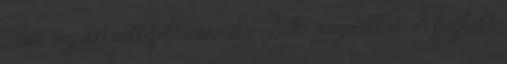
. nem regisztrált felhasználó , 2015. augusztus „A foglalt